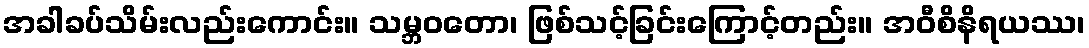
အခါခပ်သိမ်းလည်းကောင်း။ သမ္ဘဝတော၊ ဖြစ်သင့်ခြင်းကြောင့်တည်း။ အဝီစိနိရယဿ၊